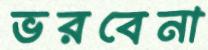
ভরবেনা